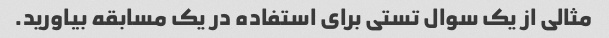
مثالی از یک سوال تستی برای استفاده در یک مسابقه بیاورید.